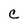
Character: C